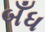
બઁધ